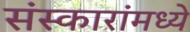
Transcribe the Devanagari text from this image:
संस्कारांमध्ये